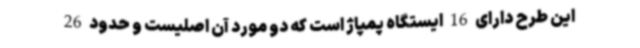
این طرح دارای 16 ایستگاه پمپاژ است که دو مورد آن اصلیست و حدود 26